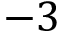
- 3